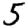
Digit: 5